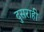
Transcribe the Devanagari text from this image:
दुसराही